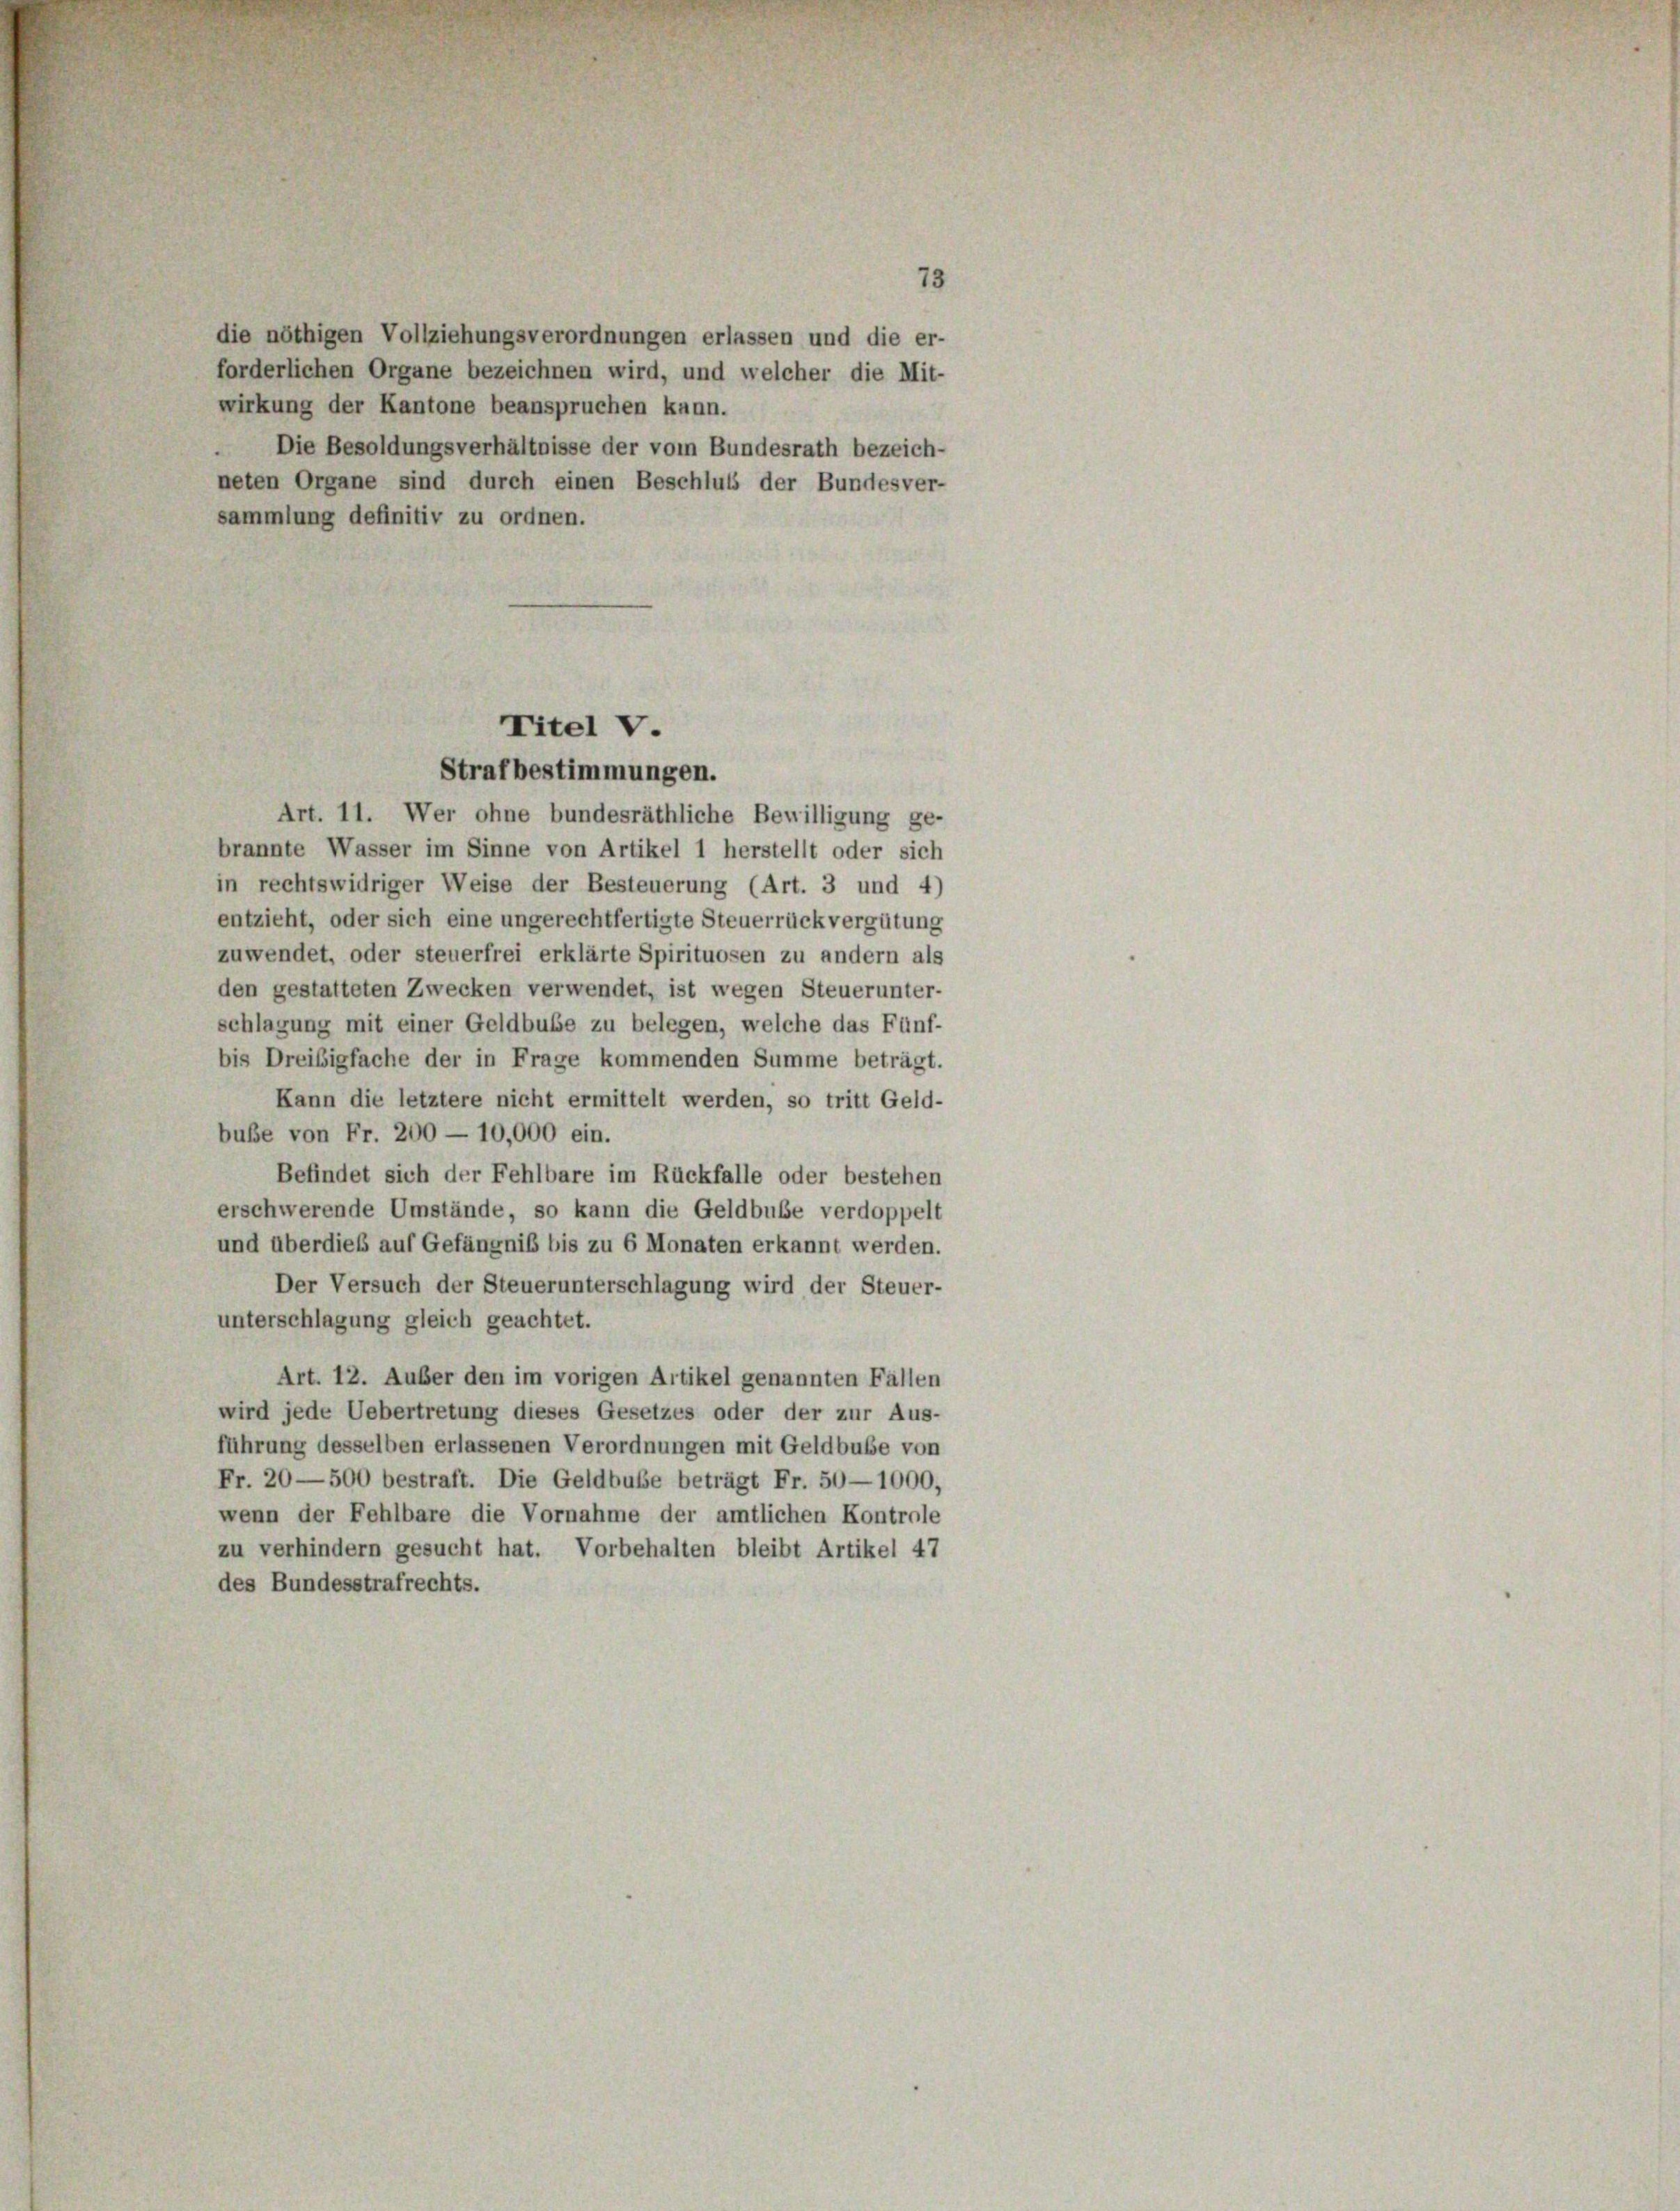
die nöthigen Vollziehungsverordnungen erlassen und die er-
forderlichen Organe bezeichnen wird, und welcher die Mit-
wirkung der Kantone beanspruchen kann.
Die Besoldungsverhältnisse der vom Bundesrath bezeich-
neten Organe sind durch einen Beschluss der Bundesver-
sammlung definitiv zu ordnen.

Titel V.

Strafbestimmungen.
Art. 11. Wer ohne bundesräthliche Bewilligung ge-
brannte Wasser im Sinne von Artikel 1 herstellt oder sich
in rechtswidriger Weise der Besteuerung (Art. 3 und 4)
entzieht, oder sich eine ungerechtfertigte Steuerrückvergütung
zuwendet, oder steuerfrei erklärte Spirituosen zu andern als
den gestatteten Zwecken verwendet, ist wegen Steuerunter-
schlagung mit einer Geldbuße zu belegen, welche das Fünf-
bis Dreisigfache der in Frage kommenden Summe beträgt.
Kann die letztere nicht ermittelt werden, so tritt Geld-
buße von Fr. 200 — 10,000 ein.
Befindet sich der Fehlbare im Rückfalle oder bestehen
erschwerende Umstände, so kann die Geldbube verdoppelt
und überdies auf Gefängniß bis zu 6 Monaten erkannt werden.
Der Versuch der Steuerunterschlagung wird der Steuer-
unterschlagung gleich geachtet.
Art. 12. Auber den im vorigen Artikel genannten Fällen
wird jede Uebertretung dieses Gesetzes oder der zur Aus-
führung desselben erlassenen Verordnungen mit Geldbube von
Fr. 20—500 bestraft. Die Geldbuße beträgt Fr. 50—1000,
wenn der Fehlbare die Vornahme der amtlichen Kontrole
zu verhindern gesucht hat. Vorbehalten bleibt Artikel 47
des Bundesstrafrechts.

73